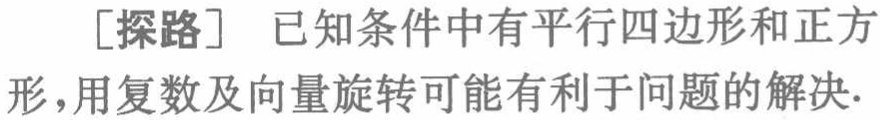
[探路] 已知条件中有平行四边形和正方
形，用复数及向量旋转可能有利于问题的解决.